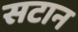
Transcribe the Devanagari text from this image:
सटान